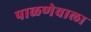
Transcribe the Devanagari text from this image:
पाळणेवाला